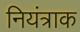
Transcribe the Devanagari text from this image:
नियंत्राक